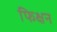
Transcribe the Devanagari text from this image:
फिक्षन